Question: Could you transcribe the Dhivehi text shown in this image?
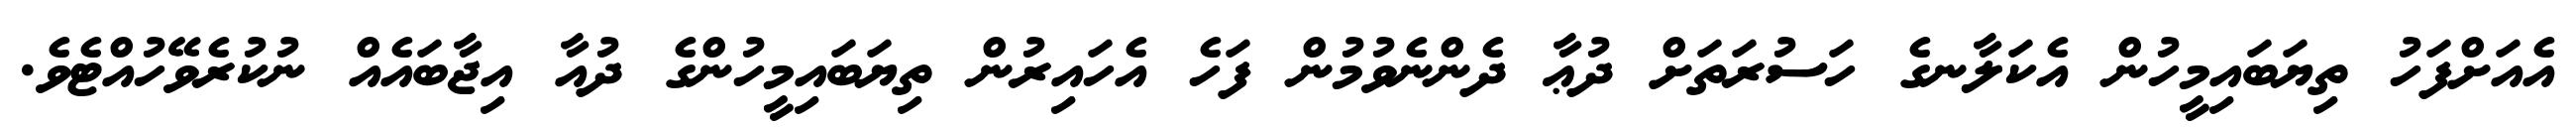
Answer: އެއަށްފަހު ތިޔަބައިމީހުން އެކަލާނގެ ހަސުރަތަށް ދުޢާ ދެންނެވުމުން ފަހެ އެހައިރުން ތިޔަބައިމީހުންގެ ދުއާ އިޖާބައެއް ނުކުރެވޭހުއްޓެވެ.